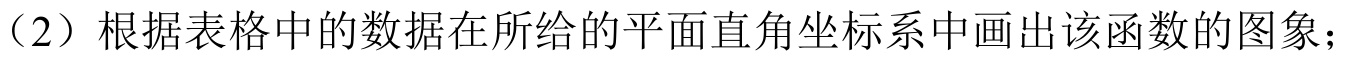
（2）根据表格中的数据在所给的平面直角坐标系中画出该函数的图象；